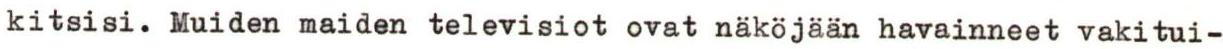
kitsisi. Muiden maiden televisiot ovat näköjään havainneet vakitui-